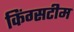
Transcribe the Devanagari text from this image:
किंग्सटीम